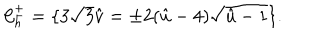
{ \cal C } _ { h } ^ { \pm } = \{ 3 \sqrt { 3 } \hat { v } = \pm 2 ( \hat { u } - 4 ) \sqrt { \hat { u } - 1 } \} .